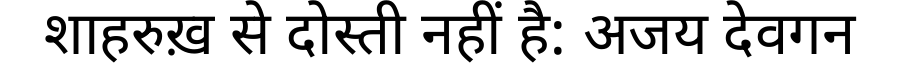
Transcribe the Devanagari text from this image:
शाहरुख़ से दोस्ती नहीं है: अजय देवगन